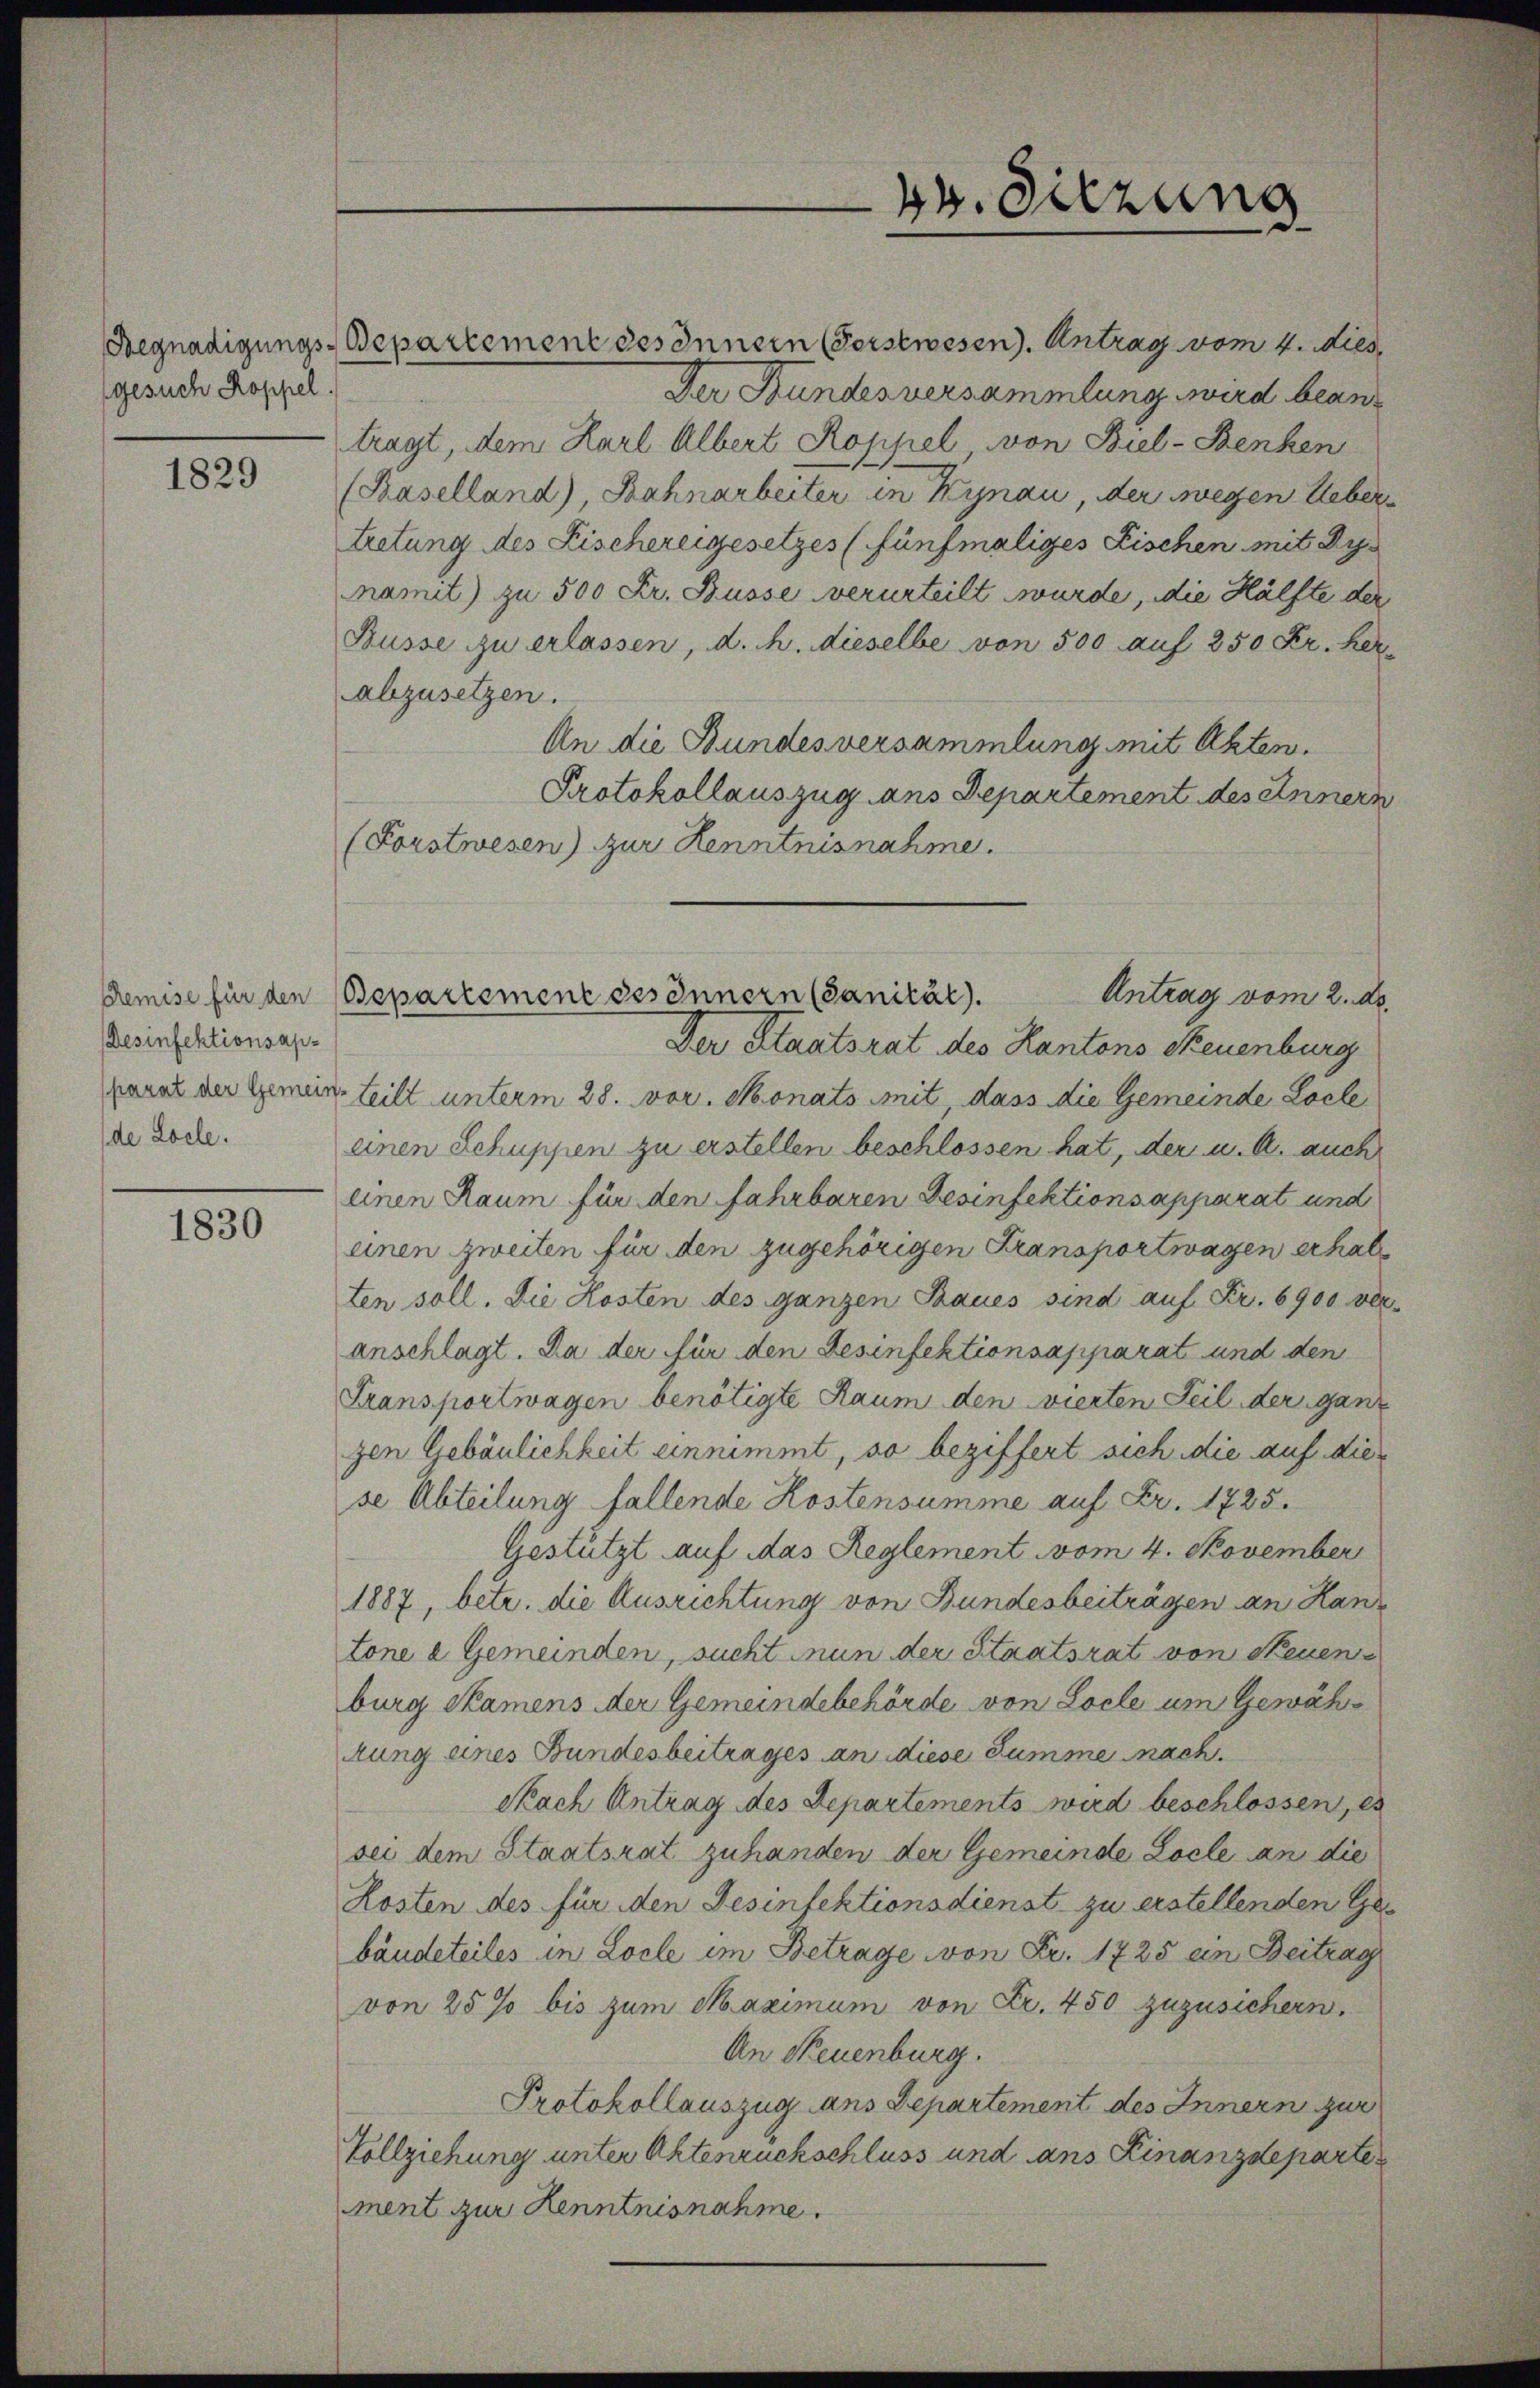
gesuch Koppel

1829

Desinfektionsap¬
(de Loche.

1830

Begnadigungs-Departement des Innern (Forstwesen. Antrag vom 4. dies
Der Bundesversammlung wird beantragt, dem Karl Albert Koppel von Biel-Benken
(Paselland) Bahnarbeiter in Kynau, der wegen Ueber
tretung des Fischereigesetzes (fünfmaliges Fischen mit Dy
amit) zu 500 Fr. Busse verurteilt wurde, die Hälfte der
Busse zu erlassen, d. h. dieselbe von 500 auf 250 Fr. her
abzusetzen.
An die Bundesversammlung mit Akten.
Protokollauszug ans Departement des Innern
(Forstwesen) zur Kenntnisnahme.
Remise für den (Bepartement des Innern (Sanität.
Der Staatsrat des Kantons Neuenburg
kanal der Gemein teilt unterm 28. vor. Monats mit, dass die Gemeinde Loche
einen Schuppen zu erstellen beschlossen hat, der u. A. auch
einen Raum für den fahrbaren Desinfektions apparat und
einen zweiten für den zugehörigen Transportwagen erhalten soll. Die Kosten des ganzen Baues sind auf Fr. 6900 ver
anschlagt. Da der für den Gesinfektionsapparat und den
Transportwagen benötigte Raum den vierten Teil der ganz
zen Gebäulichkeit einnimmt, so beziffert sich die auf diese Abteilung fallende Kostensumme auf Fr. 1725.
Gestützt auf das Reglement vom 4. November
1887, betr. die Ausrichtung von Bundesbeiträgen an Hantone a Gemeinden, sucht nun der Staatsrat von Neuen
burg Samens der Gemeindebehörde von Loche um Gewährung eines Bundesbeitrages an diese Summe nach
Nach Antrag des Departements wird beschlossen, es
sei dem Staatsrat zuhanden der Gemeinde Locle an die
Kosten des für den Desinfektionsdienst zu erstellenden Ge
bäudeteiles in Locle im Betrage von Fr. 1725 ein Beitrag
von 25 % bis zum Maximum von Fr. 450 zuzusichern.
An Neuenburg.
Protokollauszug aus Departement des Innern zur
Vollziehung unter Aktenrückschluss und ans Finanzdeparte
ment zur Kenntnisnahme.

44. Sitzung
d

Antrag vom 2. d.